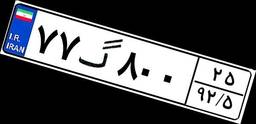
۷۷گ۸۰۰۲۵